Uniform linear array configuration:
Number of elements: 32
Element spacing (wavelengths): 0.25
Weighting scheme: kaiser
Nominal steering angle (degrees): -45
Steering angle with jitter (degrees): -46.868
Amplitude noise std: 0.05
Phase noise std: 0.05

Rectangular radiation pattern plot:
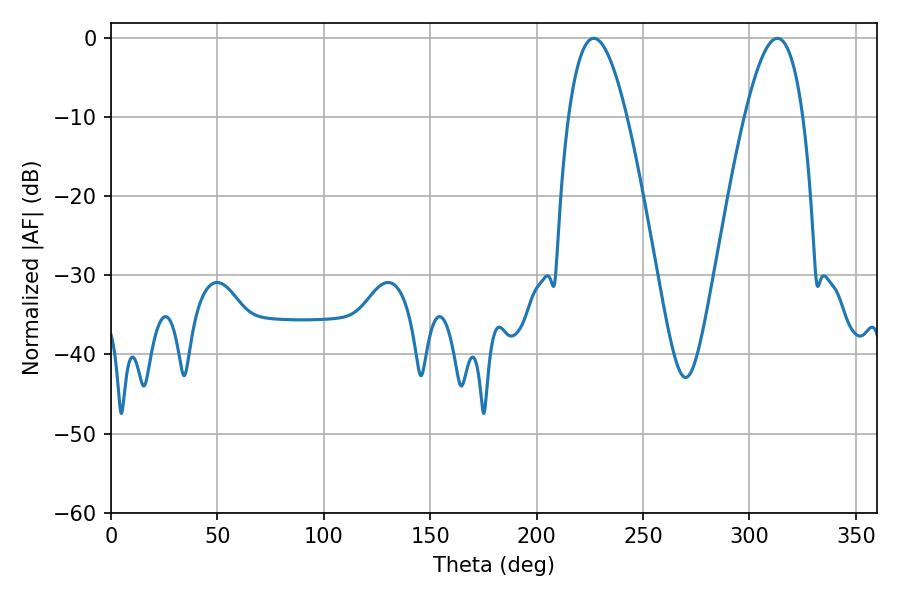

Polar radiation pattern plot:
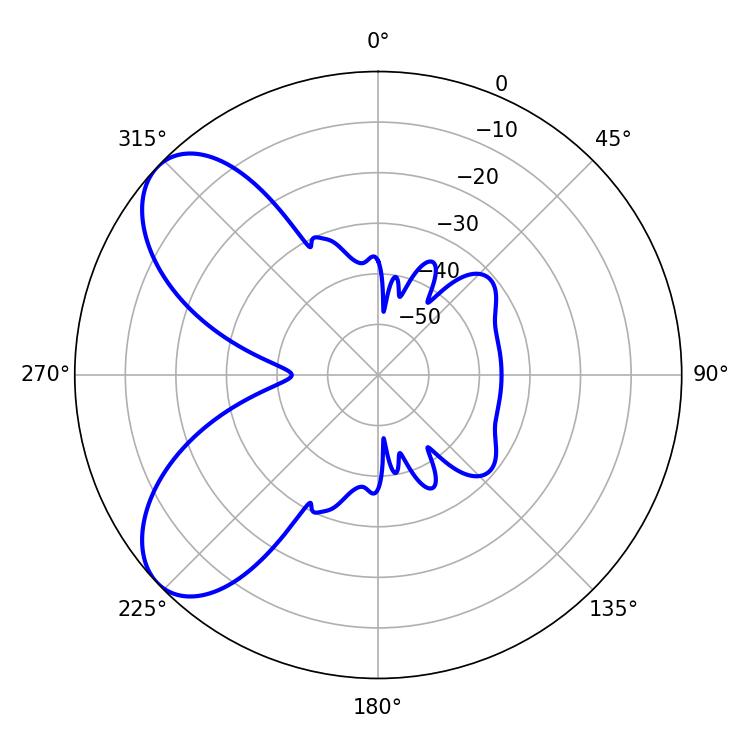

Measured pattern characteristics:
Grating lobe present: FALSE
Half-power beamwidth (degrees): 14.94
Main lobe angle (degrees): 226.8